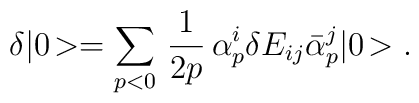
\delta |0 \! > = \sum_{p<0} \, \frac{1}{2p} \, \alpha_p^i \delta E_{ij}\bar{\alpha}_p^j |0 \! >.